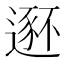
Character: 𫐾